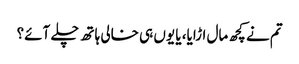
تم نے کچھ مال اڑایا، یا یوں ہی خالی ہاتھ چلے آئے؟